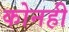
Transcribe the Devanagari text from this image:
कोनही